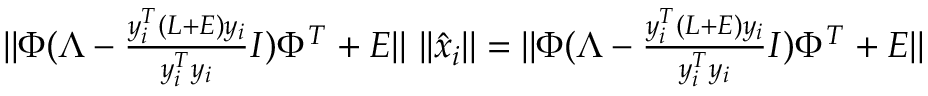
\begin{array} { r } { \vert \vert \Phi ( \Lambda - \frac { y _ { i } ^ { T } ( L + E ) y _ { i } } { y _ { i } ^ { T } y _ { i } } I ) \Phi ^ { T } + E \vert \vert \, \, \vert \vert \hat { x } _ { i } \vert \vert = \vert \vert \Phi ( \Lambda - \frac { y _ { i } ^ { T } ( L + E ) y _ { i } } { y _ { i } ^ { T } y _ { i } } I ) \Phi ^ { T } + E \vert \vert } \end{array}